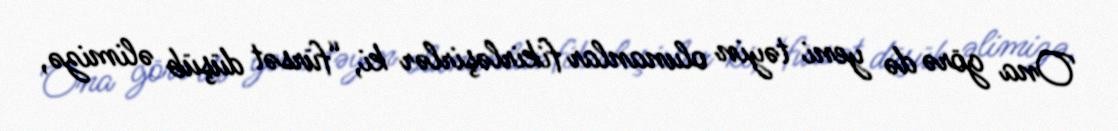
Ona görə də yeni təyin olunanlar fikirləşirlər ki, “fürsət düşüb əlimizə,